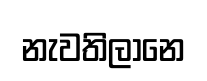
නැවතිලානෙ